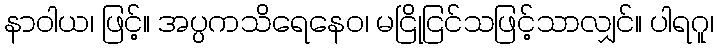
နာဝါယ၊ ဖြင့်။ အပ္ပကသိရေနေဝ၊ မငြိုငြင်သဖြင့်သာလျှင်။ ပါရဂူ၊